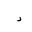
Letter: _dal